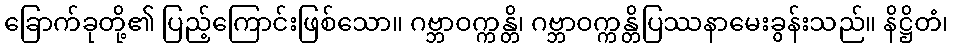
ခြောက်ခုတို့၏ ပြည့်ကြောင်းဖြစ်သော။ ဂဗ္ဘာဝက္ကန္တိ၊ ဂဗ္ဘာဝက္ကန္တိပြဿနာမေးခွန်းသည်။ နိဋ္ဌိတံ၊